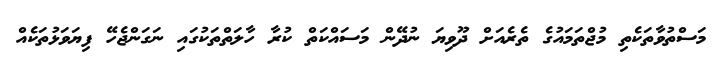
މަސްތުވާތަކެތި މުޖްތަމައުގެ ތެރެއަށް ދޫވިޔަ ނުދޭން މަސައްކަތް ކުރާ ހާލަތްތަކުގައި ނަގަންޖެހޭ ފިޔަވަޅުތަކެއް